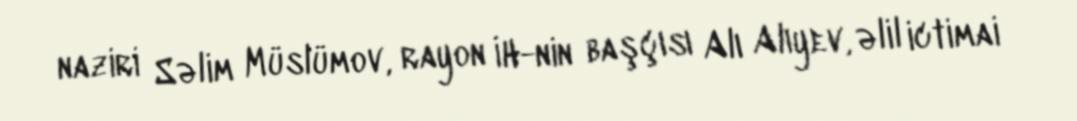
naziri Səlim Müslümov, rayon İH-nin başçısı Alı Alıyev, əlil ictimai